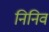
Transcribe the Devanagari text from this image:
निनिव